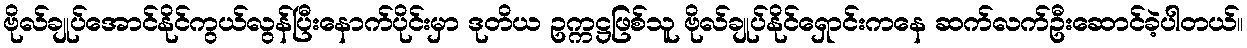
ဗိုလ်ချုပ်အောင်နိုင်ကွယ်လွန်ပြီးနောက်ပိုင်းမှာ ဒုတိယ ဥက္ကဋ္ဌဖြစ်သူ ဗိုလ်ချုပ်နိုင်ရှောင်းကနေ ဆက်လက်ဦးဆောင်ခဲ့ပါတယ်။